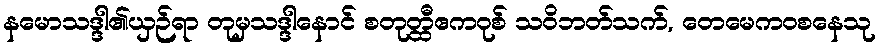
နမောသဒ္ဒါ၏ယှဉ်ရာ တုမှသဒ္ဒါနောင် စတုတ္ထီဧကဝုစ် သဝိဘတ်သက်, တေမေကဝစနေသု